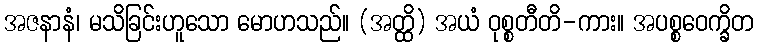
အဇနာနံ၊ မသိခြင်းဟူသော မောဟသည်။ (အတ္ထိ) အယံ ဝုစ္စတီတိ-ကား။ အပစ္စဝေက္ခိတ